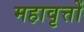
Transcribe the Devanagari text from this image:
महावृत्तों